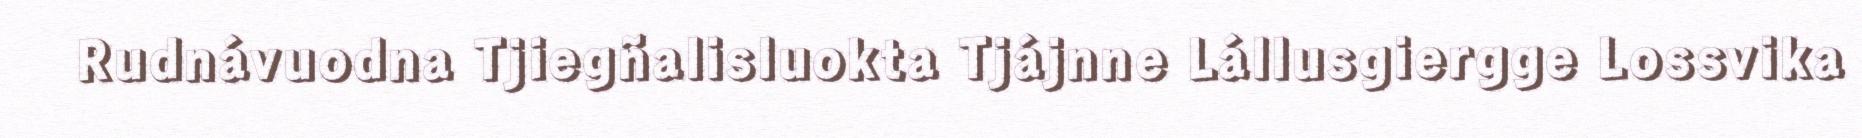
Rudnávuodna Tjiegñalisluokta Tjájnne Lállusgiergge Lossvika